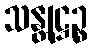
သန္တုဋ္ဌဉ္စ